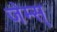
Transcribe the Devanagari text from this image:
जेम्स्